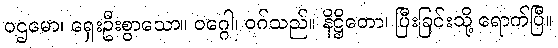
ပဌမော၊ ရှေးဦးစွာသော။ ဝဂ္ဂေါ၊ ဝဂ်သည်။ နိဋ္ဌိတော၊ ပြီးခြင်းသို့ ရောက်ပြီ။